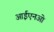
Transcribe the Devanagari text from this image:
आईएनओ